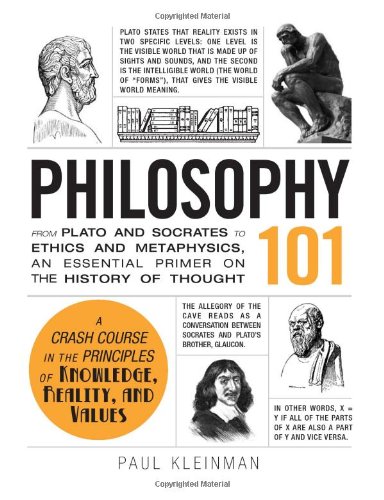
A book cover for Philosophy 101: From Plato and Socrates to Ethics and Metaphysics, an Essential Primer on the History of Thought (Adams 101); Paul Kleinman; Politics & Social Sciences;